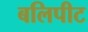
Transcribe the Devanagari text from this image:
बलिपीट